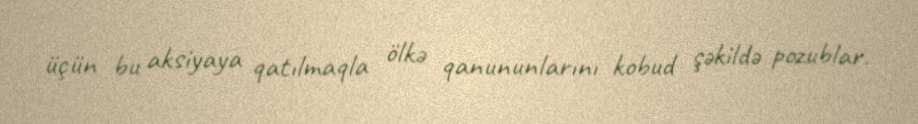
üçün bu aksiyaya qatılmaqla ölkə qanununlarını kobud şəkildə pozublar.